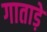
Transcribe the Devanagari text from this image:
गाताड़े